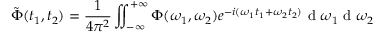
\tilde { \Phi } ( t _ { 1 } , t _ { 2 } ) = \frac { 1 } { 4 \pi ^ { 2 } } \iint _ { - \infty } ^ { + \infty } \Phi ( \omega _ { 1 } , \omega _ { 2 } ) e ^ { - i ( \omega _ { 1 } t _ { 1 } + \omega _ { 2 } t _ { 2 } ) } \mathrm { ~ d ~ } \omega _ { 1 } \mathrm { ~ d ~ } \omega _ { 2 }